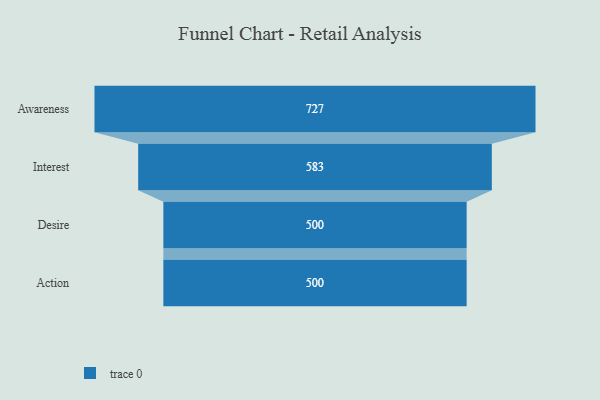
{"axis": {"x": "Stage", "y": "Value"}, "legend": [""], "data": [{"x": "Awareness", "y": 727.0, "type": ""}, {"x": "Interest", "y": 583.0, "type": ""}, {"x": "Desire", "y": 500, "type": ""}, {"x": "Action", "y": 500, "type": ""}]}